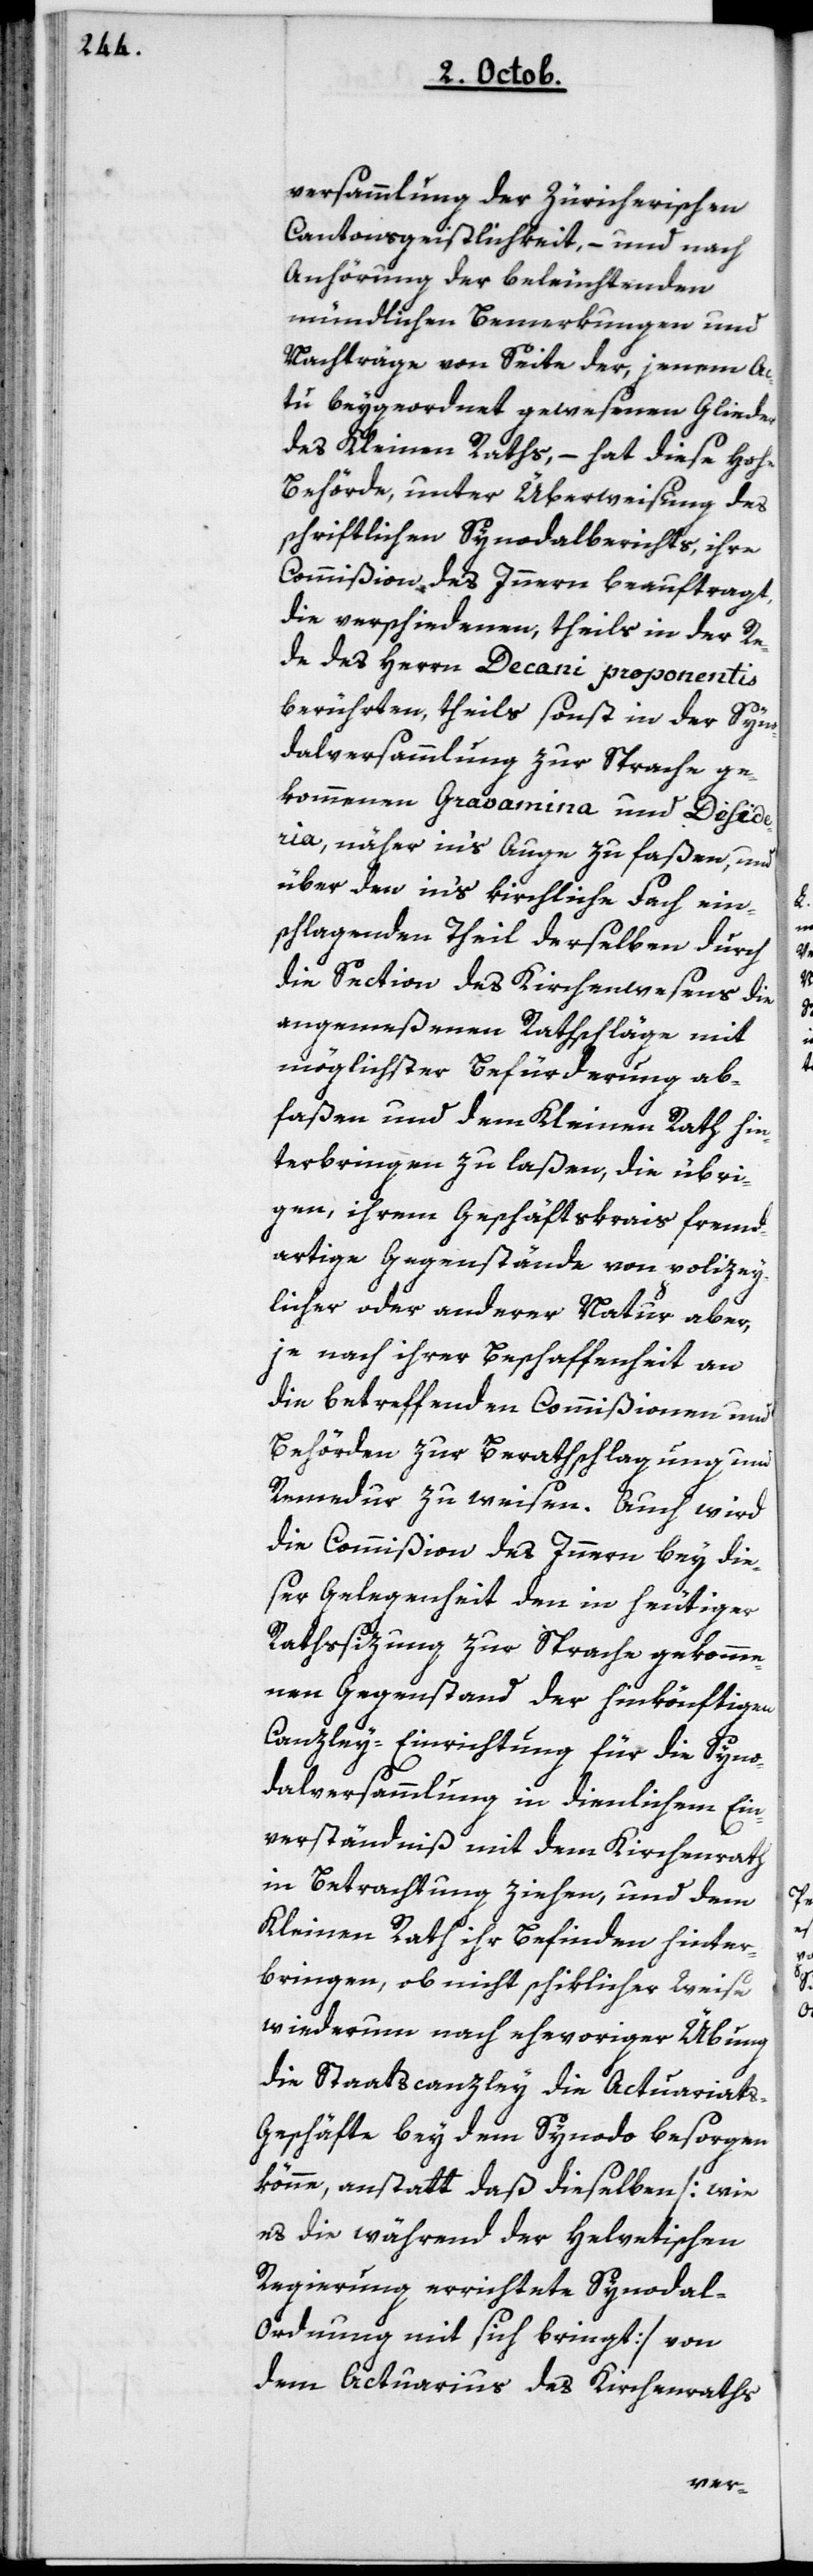
versammlung der zürcherischen
Cantonsgeistlichkeit, – und nach
Anhörung der beleuchtenden
mündlichen Bemerkungen und
Nachträge von Seite der, jenem Ac¬
tu beygeordnet gewesenen Glieder
des Kleinen Raths, – hat diese hohe
Behörde, unter Überweisung des
schriftlichen Synodalberichts, ihre
Commißion des Innern beauftragt,
die verschiedenen, theils in der Re¬
de des Herrn Decani proponentis
berührten, theils sonst in der Syno¬
dalversammlung zur Sprache ge¬
kommenen Gravamina und Desider¬
ia näher ins Auge zu faßen, und
über den ins kirchliche Fach ein¬
schlagenden Theil derselben durch
die Section des Kirchenwesens die
angemeßenen Rathschläge mit
möglichster Befürderung ab¬
faßen und dem Kleinen Rath hin¬
terbringen zu laßen, die übri¬
gen, ihrem Geschäftskreis fremd¬
artige Gegenstände von policey¬
licher oder anderer Natur aber,
je nach ihrer Beschaffenheit an
die betreffenden Commißionen und
Behörden zur Berathschlagung und
Remedur zu weisen. Auch wird
die Commißion des Innern bey die¬
ser Gelegenheit den in heutiger
Rathssizung zur Sprache gekomme¬
nen Gegenstand der hinkönftigen
Canzley-Einrichtung für die Syno¬
dalversammlung in dienlichem Ein¬
verständnis mit dem Kirchenrath
in Betrachtung ziehen, und dem
Kleinen Rath ihr Befinden hinter¬
bringen, ob nicht schiklicher Weise
wiederum nach ehevoriger Übung
die Staatscanzley die Actuariat¬
s-Geschäfte bey dem Synodo besorgen
könne, anstatt daß dieselben [wie
es die während der helvetischen
Regierung errichtete Synodal-O¬
rdnung mit sich bringt] von
dem Actuarius des Kirchenraths